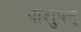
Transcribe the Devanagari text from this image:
पाशुपत्